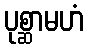
ပုစ္ဆာမဟံ